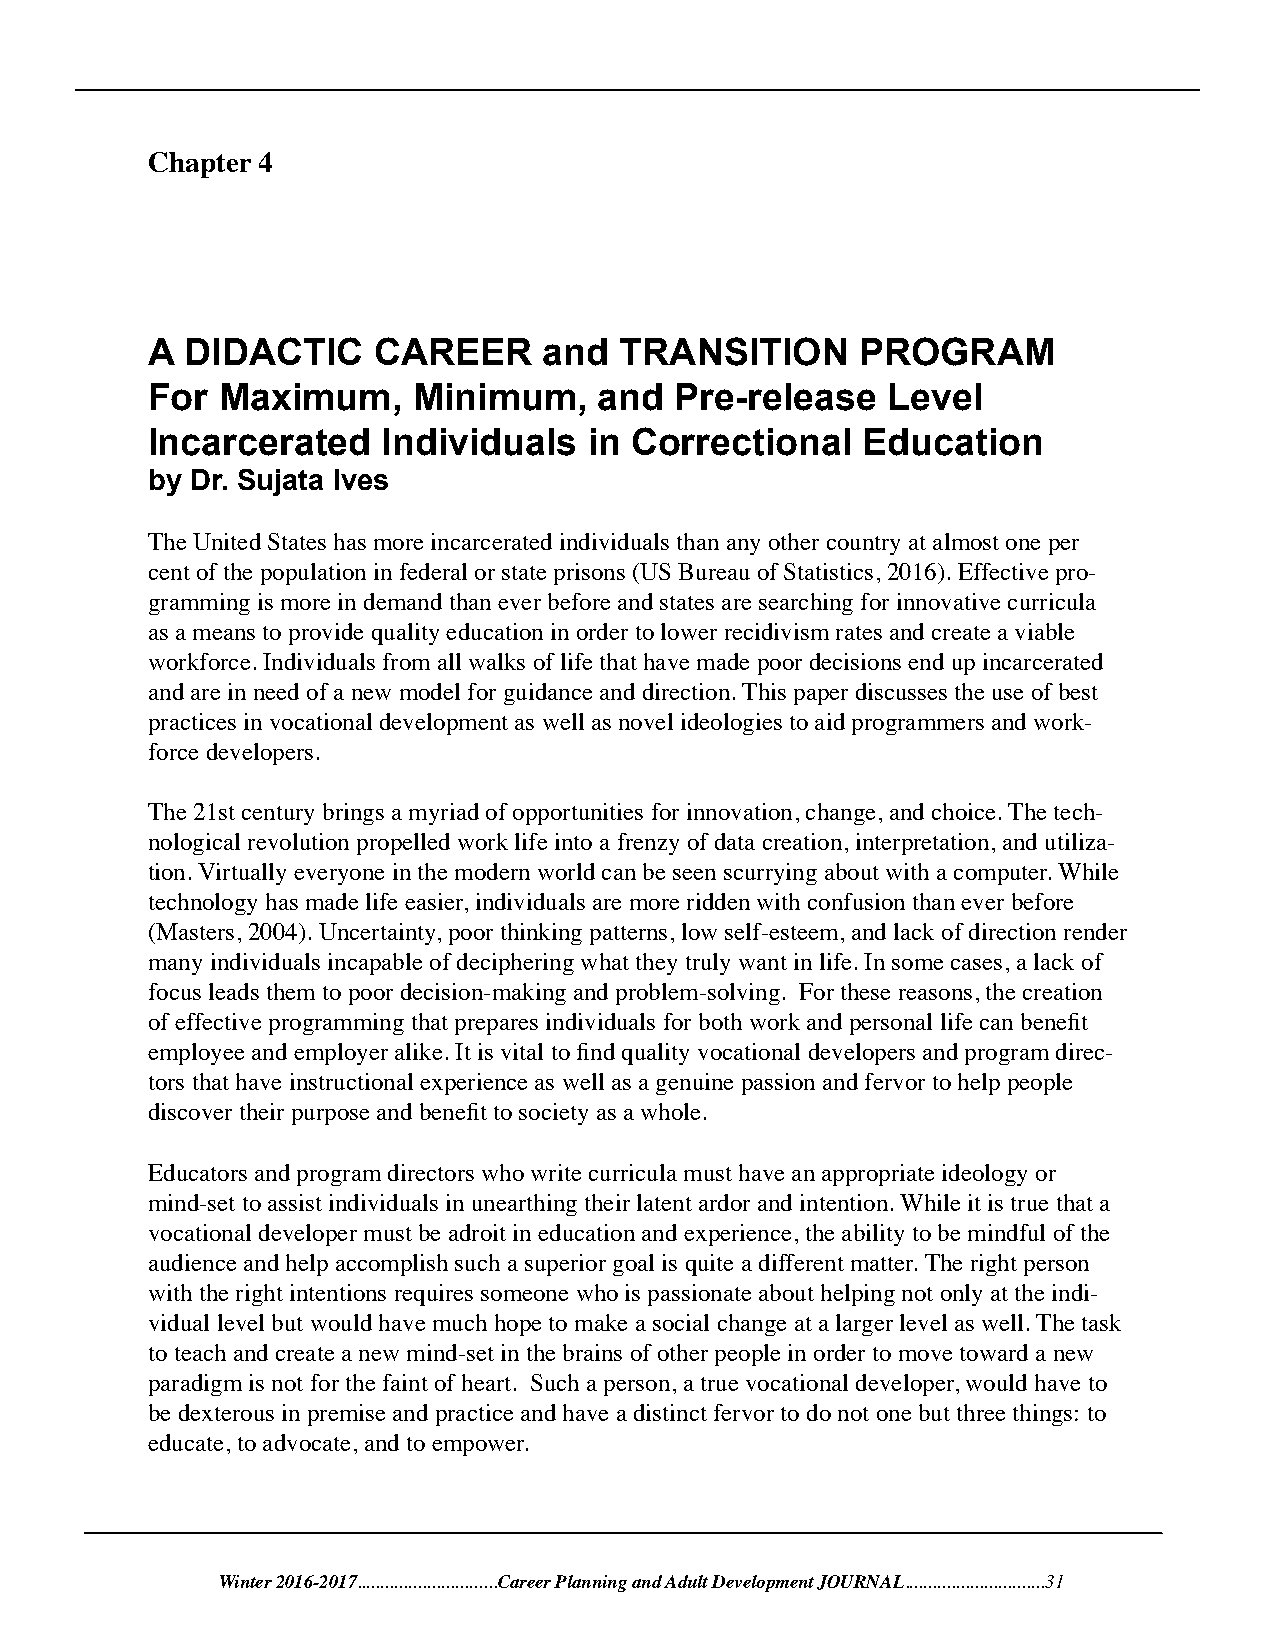
Chapter 4
 A DIDACTIC     CAREER     and  TRANSITION      PROGRAM
 For Maximum,     Minimum,     and  Pre-release   Level
 Incarcerated   Individuals   in Correctional   Education
 by Dr. Sujata Ives
 The United States has more incarcerated individuals than any other country at almost one per
 cent of the population in federal or state prisons (US Bureau of Statistics, 2016). Effective pro-
 gramming is more in demand than ever before and states are searching for innovative curricula
 as a means to provide quality education in order to lower recidivism rates and create a viable
 workforce. Individuals from all walks of life that have made poor decisions end up incarcerated
 and are in need of a new model for guidance and direction. This paper discusses the use of best
 practices in vocational development as well as novel ideologies to aid programmers and work-
 force developers.
 The 21st century brings a myriad of opportunities for innovation, change, and choice. The tech-
 nological revolution propelled work life into a frenzy of data creation, interpretation, and utiliza-
 tion. Virtually everyone in the modern world can be seen scurrying about with a computer. While
 technology has made life easier, individuals are more ridden with confusion than ever before
 (Masters, 2004). Uncertainty, poor thinking patterns, low self-esteem, and lack of direction render
 many individuals incapable of deciphering what they truly want in life. In some cases, a lack of
 focus leads them to poor decision-making and problem-solving. For these reasons, the creation
 of effective programming that prepares individuals for both work and personal life can benefit
 employee and employer alike. It is vital to find quality vocational developers and program direc-
 tors that have instructional experience as well as a genuine passion and fervor to help people
 discover their purpose and benefit to society as a whole.
 Educators and program directors who write curricula must have an appropriate ideology or
 mind-set to assist individuals in unearthing their latent ardor and intention. While it is true that a
 vocational developer must be adroit in education and experience, the ability to be mindful of the
 audience and help accomplish such a superior goal is quite a different matter. The right person
 with the right intentions requires someone who is passionate about helping not only at the indi-
 vidual level but would have much hope to make a social change at a larger level as well. The task
 to teach and create a new mind-set in the brains of other people in order to move toward a new
 paradigm is not for the faint of heart. Such a person, a true vocational developer, would have to
 be dexterous in premise and practice and have a distinct fervor to do not one but three things: to
 educate, to advocate, and to empower.
 Winter 2016-2017..............................Career Planning and Adult Development JOURNAL..............................31